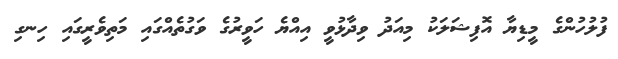
ފުލުހުންގެ މީޑިޔާ އޮފިޝަލަކު މިއަދު ވިދާޅުވީ އިއްޔެ ހަވީރުގެ ވަގުތެއްގައި މަތިވެރީގައި ހިނގި